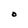
Character: O